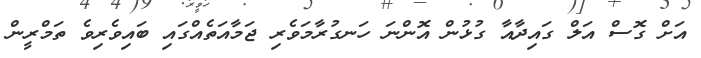
އަށް ގޮސް އަލް ގައިދާއާ ގުޅުން އޮންނަ ހަނގުރާމަވެރި ޖަމާއަތެއްގައި ބައިވެރިވެ ތަމްރީން